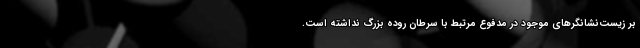
بر زیست‌نشانگرهای موجود در مدفوع مرتبط با سرطان روده بزرگ نداشته است.